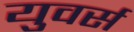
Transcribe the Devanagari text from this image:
युवर्स